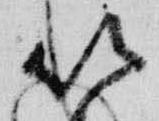
以